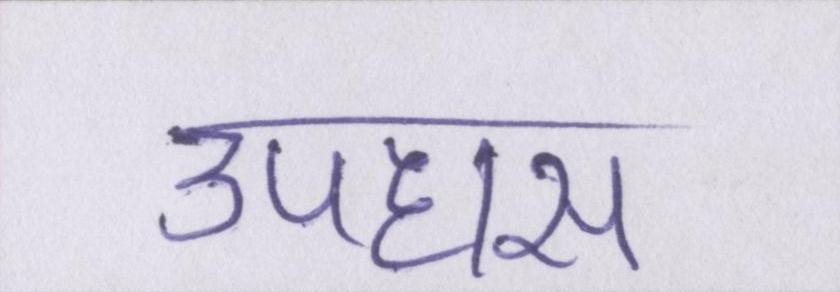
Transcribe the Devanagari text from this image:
उपहास